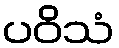
ပဝိသံ